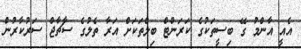
އެއީ އާންމު ގޭ ބިސީތަކުގެ ކަރަންޓް ބިލްތަކަށް އަރާ ތެލުގެ ސާޗާޖް ސަރުކާރުން